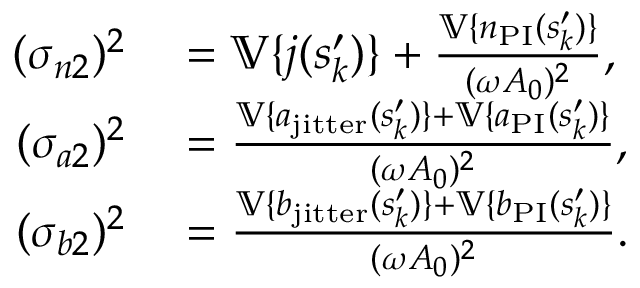
\begin{array} { r l } { ( \sigma _ { n 2 } ) ^ { 2 } } & { { } = \mathbb { V } \{ j ( s _ { k } ^ { \prime } ) \} + \frac { \mathbb { V } \{ n _ { \mathrm { P I } } ( s _ { k } ^ { \prime } ) \} } { ( \omega A _ { 0 } ) ^ { 2 } } , } \\ { ( \sigma _ { a 2 } ) ^ { 2 } } & { { } = \frac { \mathbb { V } \{ a _ { \mathrm { j i t t e r } } ( s _ { k } ^ { \prime } ) \} + \mathbb { V } \{ a _ { \mathrm { P I } } ( s _ { k } ^ { \prime } ) \} } { ( \omega A _ { 0 } ) ^ { 2 } } , } \\ { ( \sigma _ { b 2 } ) ^ { 2 } } & { { } = \frac { \mathbb { V } \{ b _ { \mathrm { j i t t e r } } ( s _ { k } ^ { \prime } ) \} + \mathbb { V } \{ b _ { \mathrm { P I } } ( s _ { k } ^ { \prime } ) \} } { ( \omega A _ { 0 } ) ^ { 2 } } . } \end{array}